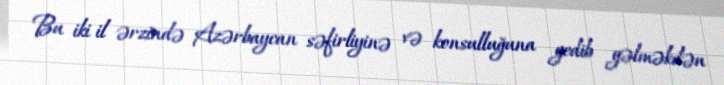
Bu iki il ərzində Azərbaycan səfirliyinə və konsulluğuna gedib gəlməkdən